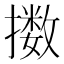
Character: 擞